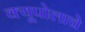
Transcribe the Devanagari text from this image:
क्यूपोलाचे